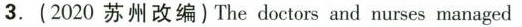
3.(2020 苏州改编)The doctors and nurses managed